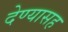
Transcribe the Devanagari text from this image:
देण्‍यासह